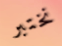
نختبر